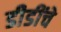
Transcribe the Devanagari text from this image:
डीडींचे